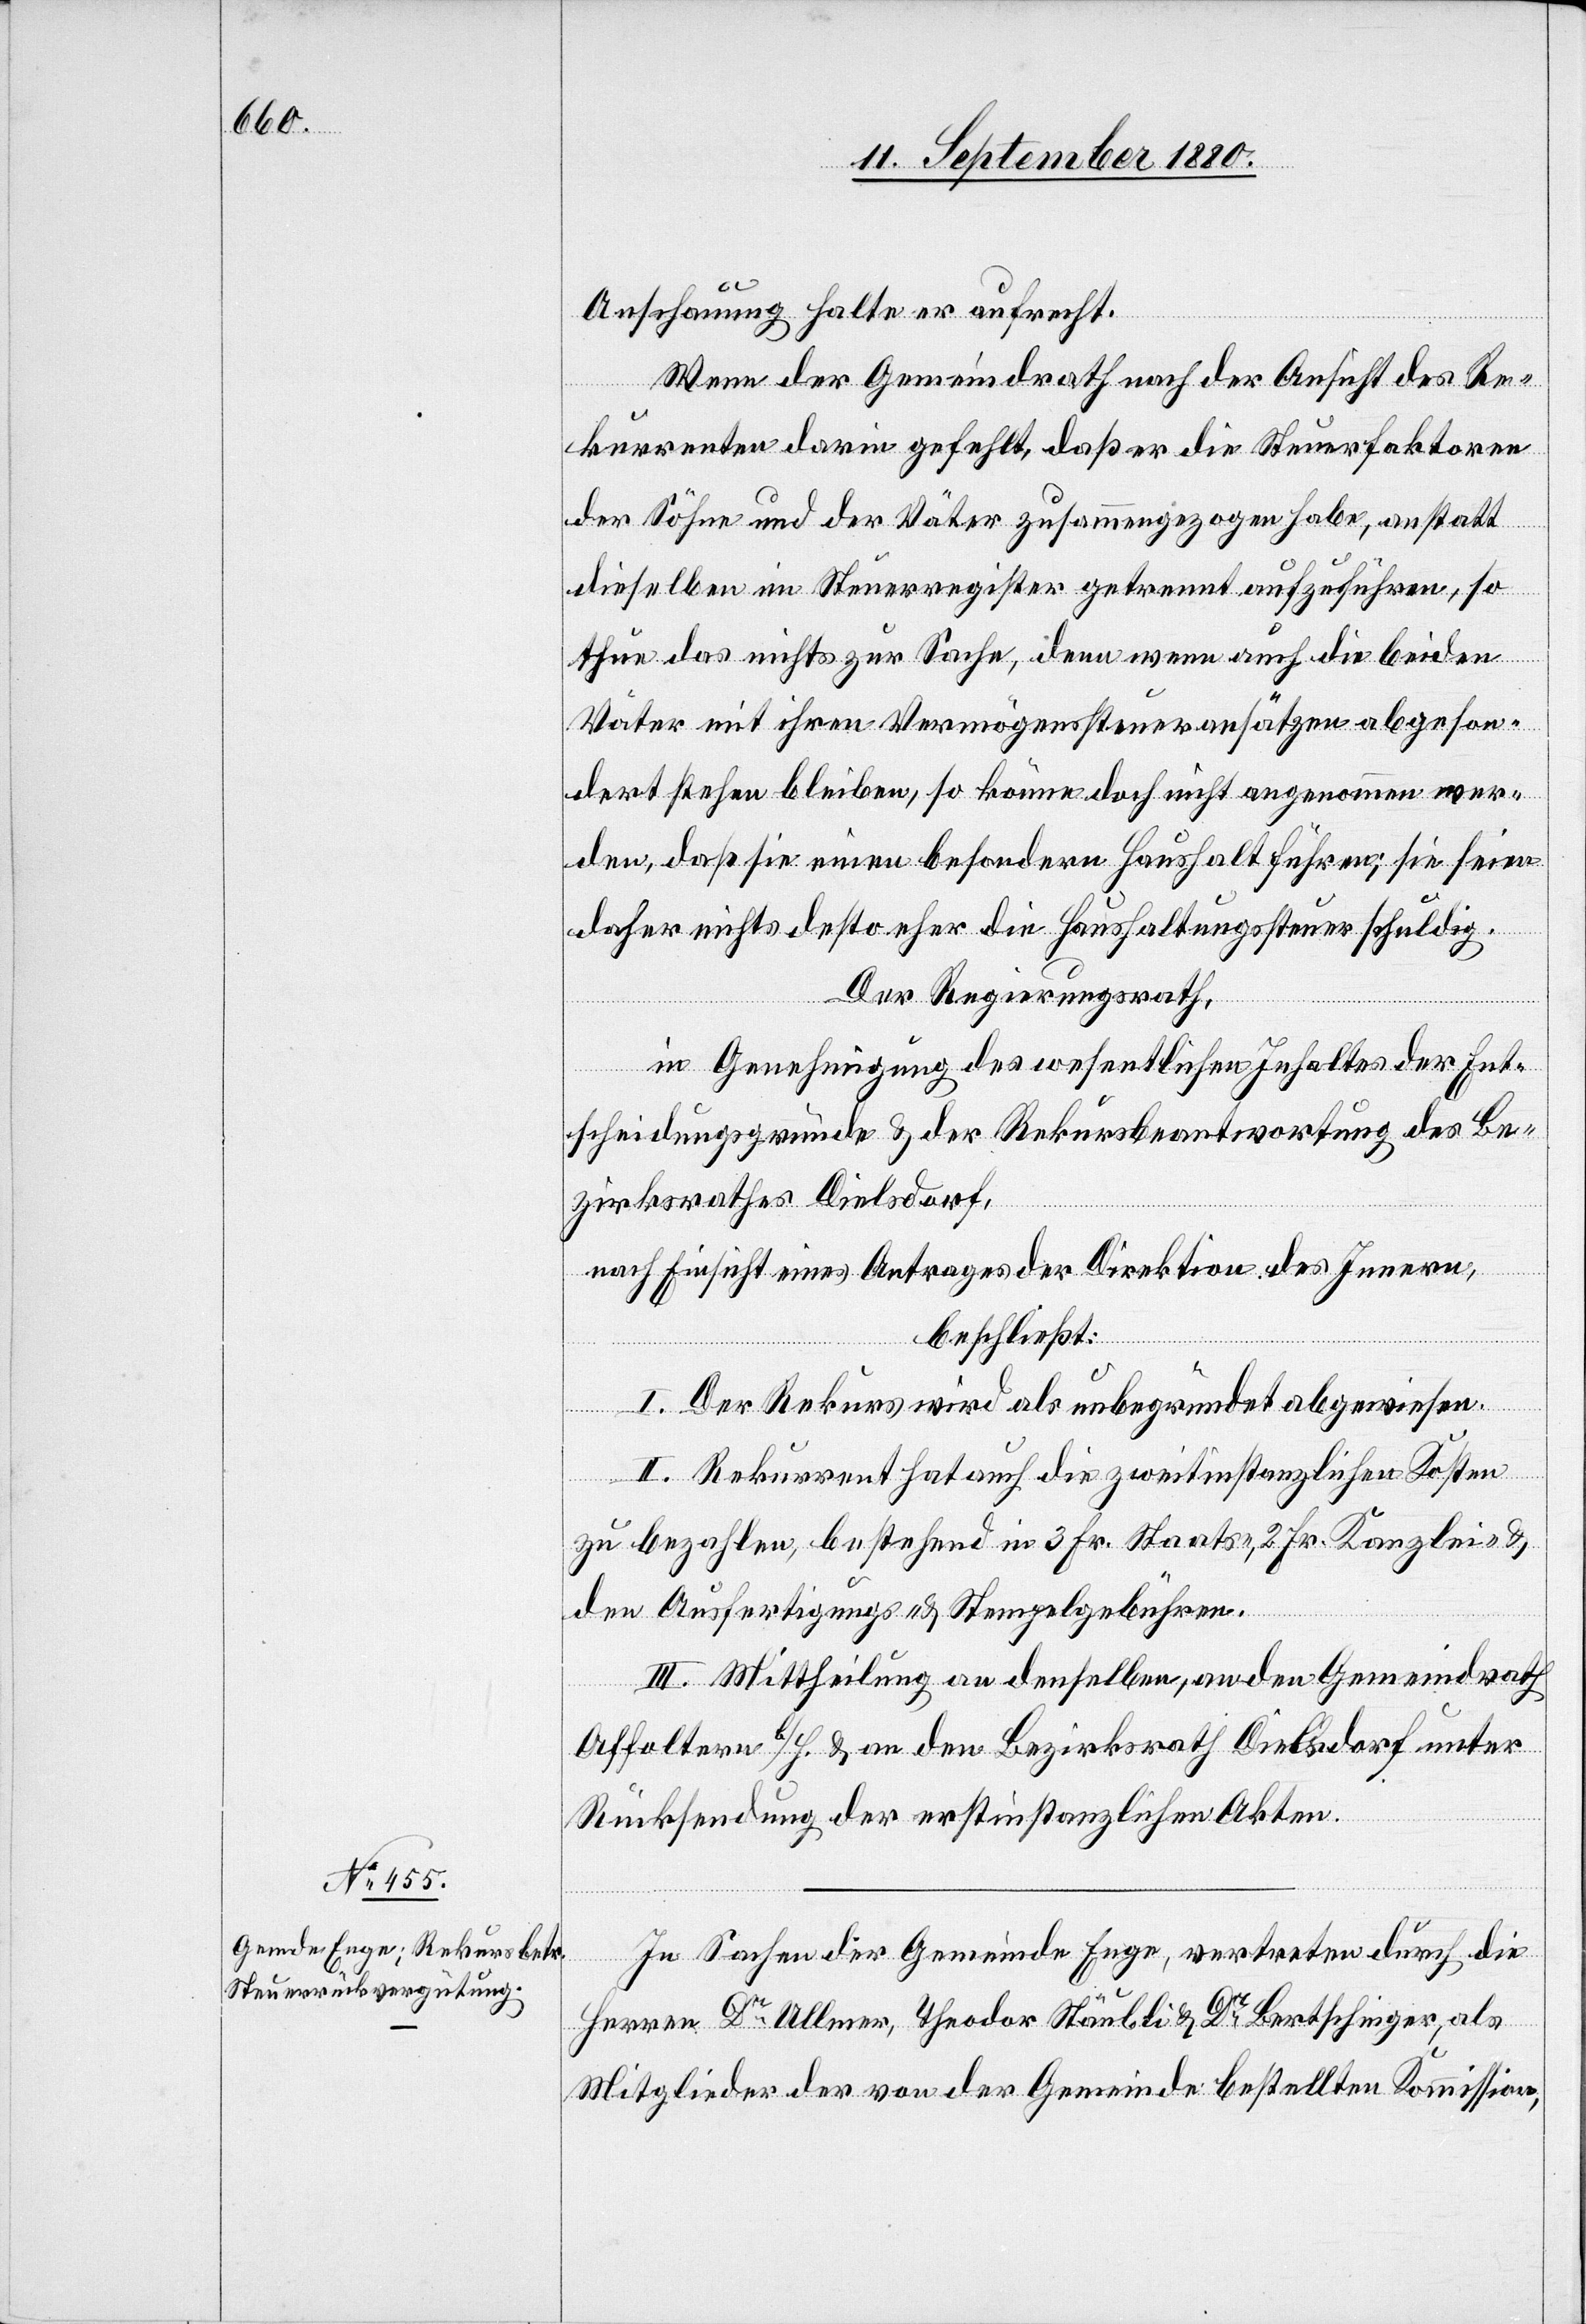
Anschauung halte er aufrecht.
Wenn der Gemeindrath nach der Ansicht des Re¬
kurrenten darin gefehlt, daß er die Steuerfaktoren
der Söhne und der Väter zusammengezogen habe, anstatt
dieselben im Steuerregister getrennt aufzuführen, so
thue das nichts zur Sache, denn wenn auch die beiden
Väter mit ihren Vermögenssteueransätzen abgeson¬
dert stehen bleiben, so könne doch nicht angenommen wer¬
den, daß sie einen besondern Haushalt führen; sie seien
daher nichts desto eher die Haushaltungssteuer schuldig.
Der Regierungsrath,
in Genehmigung des wesentlichen Inhaltes der Ent¬
scheidungsgründe & der Rekursbeantwortung des Be¬
zirksrathes Dielsdorf,
nach Einsicht eines Antrages der Direktion des Innern,
beschließt:
I. Der Rekurs wird als unbegründet abgewiesen.
II. Rekurrent hat auch die zweitinstanzlichen Kosten
zu bezahlen, bestehend in 3 Fr. Staats-, 2 Fr. Kanzlei- &
den Ausfertigungs- & Stempelgebühren.
III. Mittheilung an denselben, an den Gemeindrath
Affoltern b./H. & an den Bezirksrath Dielsdorf unter
Rücksendung der erstinstanzlichen Akten.